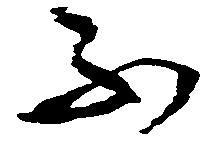
不